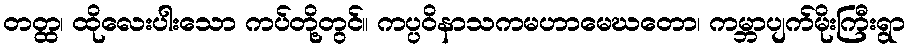
တတ္ထ၊ ထိုလေးပါးသော ကပ်တို့တွင်။ ကပ္ပဝိနာသကမဟာမေဃတော၊ ကမ္ဘာပျက်မိုးကြီးရွာ